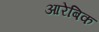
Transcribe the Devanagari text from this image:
आरेबिक